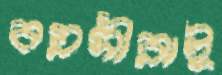
বয়সীরাই